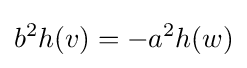
b^{2}h(v)=-a^{2}h(w)